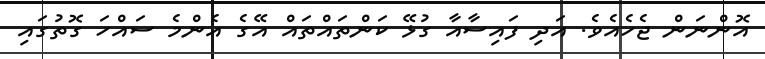
އޮންނަން ޖެހެއެވެ. އަދި ފައިސާއާ ގުޅޭ ކަންތައްތައް އޭގެ އެންމެ ސައްހަ ގޮތުގައި